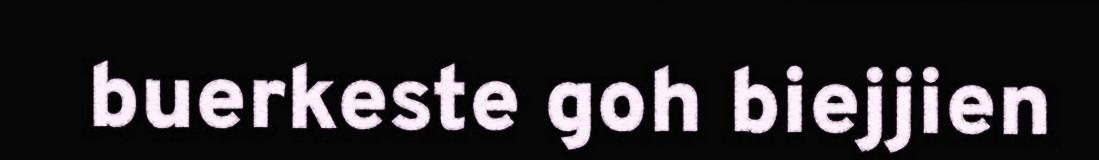
buerkeste goh biejjien